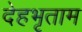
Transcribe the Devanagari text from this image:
देहभृताम